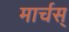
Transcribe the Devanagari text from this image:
मार्चस्